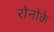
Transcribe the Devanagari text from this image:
रोनोके